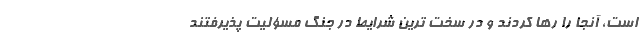
است، آنجا را رها کردند و در سخت ترین شرایط در جنگ مسؤلیت پذیرفتند